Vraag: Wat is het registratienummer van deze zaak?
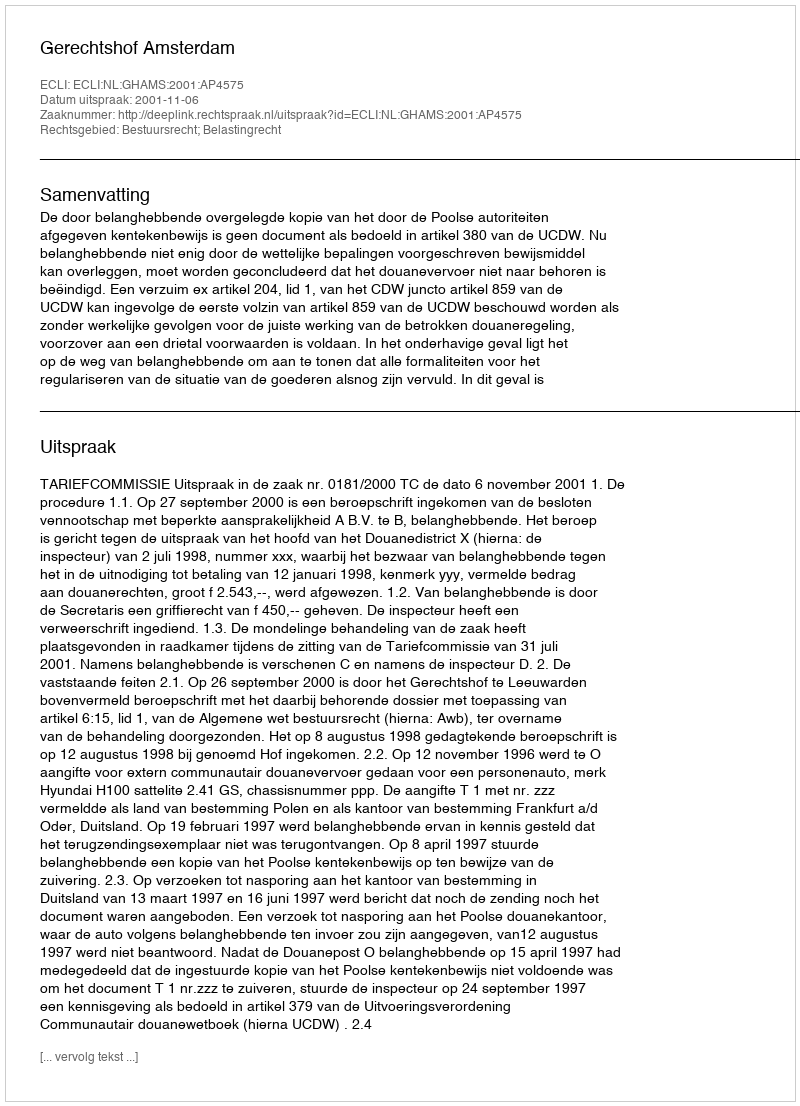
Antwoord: http://deeplink.rechtspraak.nl/uitspraak?id=ECLI:NL:GHAMS:2001:AP4575